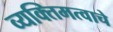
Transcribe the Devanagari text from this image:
व्यक्तिमत्वाचे